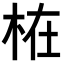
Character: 𣑊